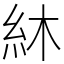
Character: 䊾